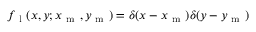
f _ { \mathrm { ~ l ~ } } ( x , y ; x _ { \mathrm { ~ m ~ } } , y _ { \mathrm { ~ m ~ } } ) = \delta ( x - x _ { \mathrm { ~ m ~ } } ) \delta ( y - y _ { \mathrm { ~ m ~ } } )